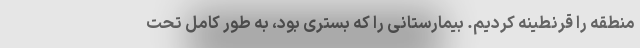
منطقه را قرنطینه کردیم. بیمارستانی را که بستری بود، به طور کامل تحت